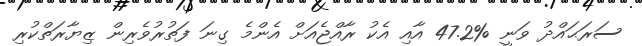
ސަރަޙައްދު ވަނީ %47.2 އާއި އެކު ރާއްޖެއަށް އެންމެ ގިނަ ފަތުރުވެރިން ޒިޔާރަތްކުރި